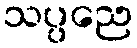
သပ္ပညေ